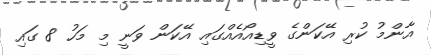
އާންމު ކުރި އޭކަންގެ ވީޑިއޯއެއްގައި އޭކަން ވަނީ މި މަހު 8 ގައި